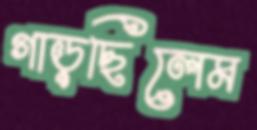
গাড়ছিলেম